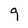
Character: 9